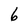
Character: 6